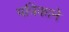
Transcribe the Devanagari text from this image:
पत्रिकाने